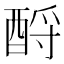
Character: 酹